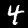
Digit: 4